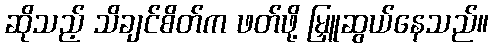
ဆိုသည့် သိချင်စိတ်က ဖတ်ဖို့ မြှူဆွယ်နေသည်။